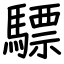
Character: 驃